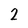
Character: 2